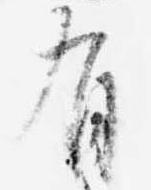
有